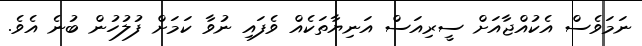
ނަމަވެސް އެކުއްޖާއަށް ސީރިއަސް އަނިޔާތަކެއް ވެފައި ނުވާ ކަމަށް ފުލުހުން ބުނެ އެވެ.